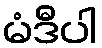
မံဒီပါ